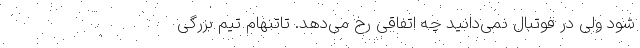
شود ولی در فوتبال نمی‌دانید چه اتفاقی رخ می‌دهد. تاتنهام تیم بزرگی